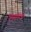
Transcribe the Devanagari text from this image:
निस्पंदक